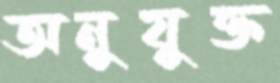
অনুযুক্ত